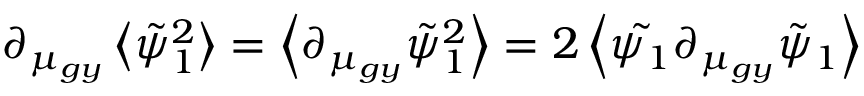
\partial _ { \mu _ { g y } } \left\langle \tilde { \psi } _ { 1 } ^ { 2 } \right\rangle = \left\langle \partial _ { \mu _ { g y } } \tilde { \psi } _ { 1 } ^ { 2 } \right\rangle = 2 \left\langle \tilde { \psi _ { 1 } } \partial _ { \mu _ { g y } } \tilde { \psi } _ { 1 } \right\rangle